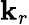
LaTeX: \mathbf{k}_{r}